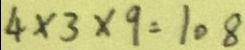
4 \times 3 \times 9 = 1 0 8